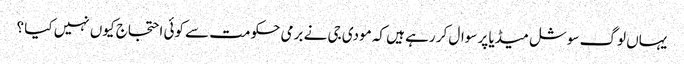
یہاں لوگ سوشل میڈیا پر سوال کر رہے ہیں کہ مودی جی نے برمی حکومت سے کوئی احتجاج کیوں نہیں کیا ؟